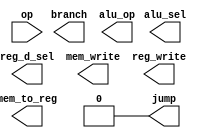
module Control(
    output reg_d_sel, jump, branch, mem_to_reg, mem_write, alu_sel, reg_write,
    output [0:0] alu_op,
    input [5:0] op
);
    assign jump = 0;
endmodule